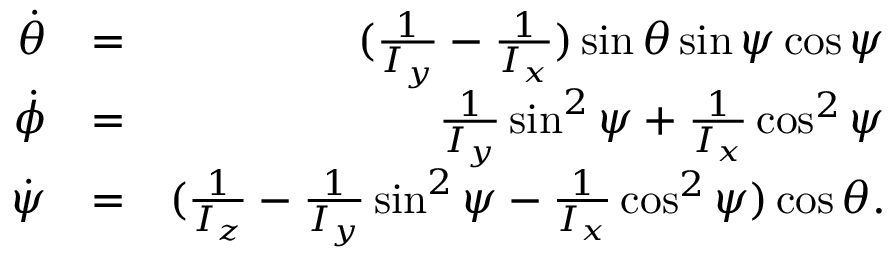
\begin{array} { r l r } { \dot { \theta } } & { = } & { ( \frac { 1 } { I _ { y } } - \frac { 1 } { I _ { x } } ) \sin \theta \sin \psi \cos \psi } \\ { \dot { \phi } } & { = } & { \frac { 1 } { I _ { y } } \sin ^ { 2 } \psi + \frac { 1 } { I _ { x } } \cos ^ { 2 } \psi } \\ { \dot { \psi } } & { = } & { ( \frac { 1 } { I _ { z } } - \frac { 1 } { I _ { y } } \sin ^ { 2 } \psi - \frac { 1 } { I _ { x } } \cos ^ { 2 } \psi ) \cos \theta . } \end{array}